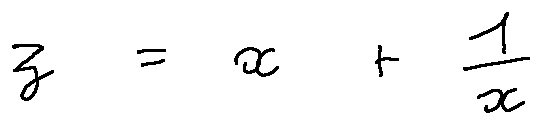
z = x + \frac { 1 } { x }